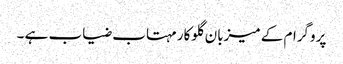
پروگرام کے میزبان گلوکار مہتاب ضیاب ہے ۔